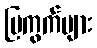
ပြကွက်များ